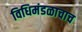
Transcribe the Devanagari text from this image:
विधिमंडळाचाच